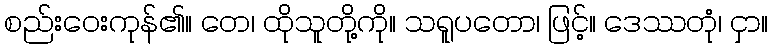
စည်းဝေးကုန်၏။ တေ၊ ထိုသူတို့ကို။ သရူပတော၊ ဖြင့်။ ဒေဿတုံ၊ ငှာ။